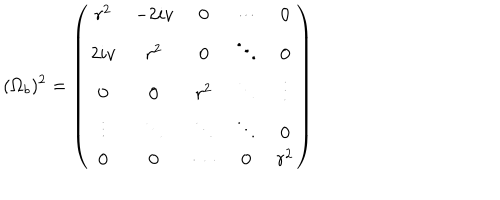
LaTeX: ( \Omega _ { b } ) ^ { 2 } = \left( \begin{array} { c c c c c } { { r ^ { 2 } } } & { { - 2 i v } } & { { 0 } } & { { \cdots } } & { { 0 } } \\ { { 2 i v } } & { { r ^ { 2 } } } & { { 0 } } & { { \ddots } } & { { 0 } } \\ { { 0 } } & { { 0 } } & { { r ^ { 2 } } } & { { \ddots } } & { { \vdots } } \\ { { \vdots } } & { { \ddots } } & { { \ddots } } & { { \ddots } } & { { 0 } } \\ { { 0 } } & { { 0 } } & { { \cdots } } & { { 0 } } & { { r ^ { 2 } } } \\ \end{array} \right)